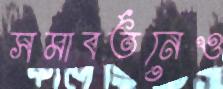
সমাবর্তনেও